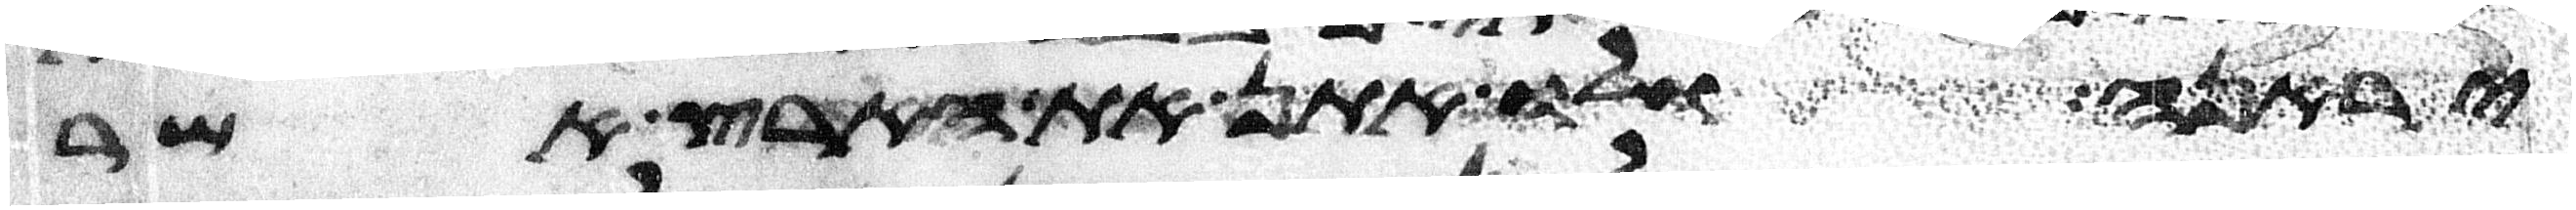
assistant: יראנה ולו אתן את הארץ אשר